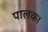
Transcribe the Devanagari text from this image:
पालक।